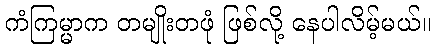
ကံကြမ္မာက တမျိုးတဖုံ ဖြစ်လို့ နေပါလိမ့်မယ်။